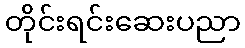
တိုင်းရင်းဆေးပညာ